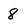
Character: 8